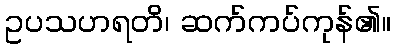
ဥပသဟရတိ၊ ဆက်ကပ်ကုန်၏။